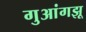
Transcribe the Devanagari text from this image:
गुआंगझू